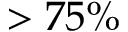
> 7 5 \%